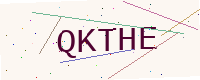
Text: QKTHE